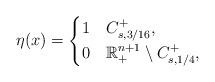
LaTeX: \begin{align*}\eta(x)=\begin{cases}1 & C_{s,3/16}^{+},\\0 & \mathbb{R}_{+}^{n+1}\setminus C_{s,1/4}^{+},\end{cases}\end{align*}